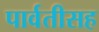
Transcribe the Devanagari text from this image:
पार्वतीसह